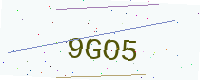
Text: 9GO5